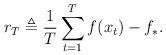
\begin{align*}r_T\triangleq\frac{1}{T}\sum_{t=1}^{T}f(x_t)-f_*.\end{align*}